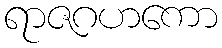
ရာဇဂဟကော